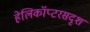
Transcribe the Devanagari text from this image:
हेलिकॉप्टरसदृश